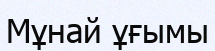
Мұнай ұғымы